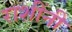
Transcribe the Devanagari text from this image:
राशींनी